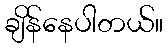
ချိန်နေပါတယ်။